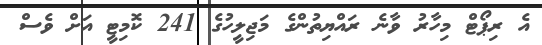
އެ ރިޕޯޓް މިހާރު ވާނެ ރައްޔިތުންގެ މަޖިލީހުގެ 241 ކޮމިޓީ އަށް ވެސް